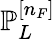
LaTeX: \mathbb{P}_{L}^{[n_{F}]}